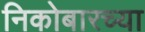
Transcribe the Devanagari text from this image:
निकोबारच्या